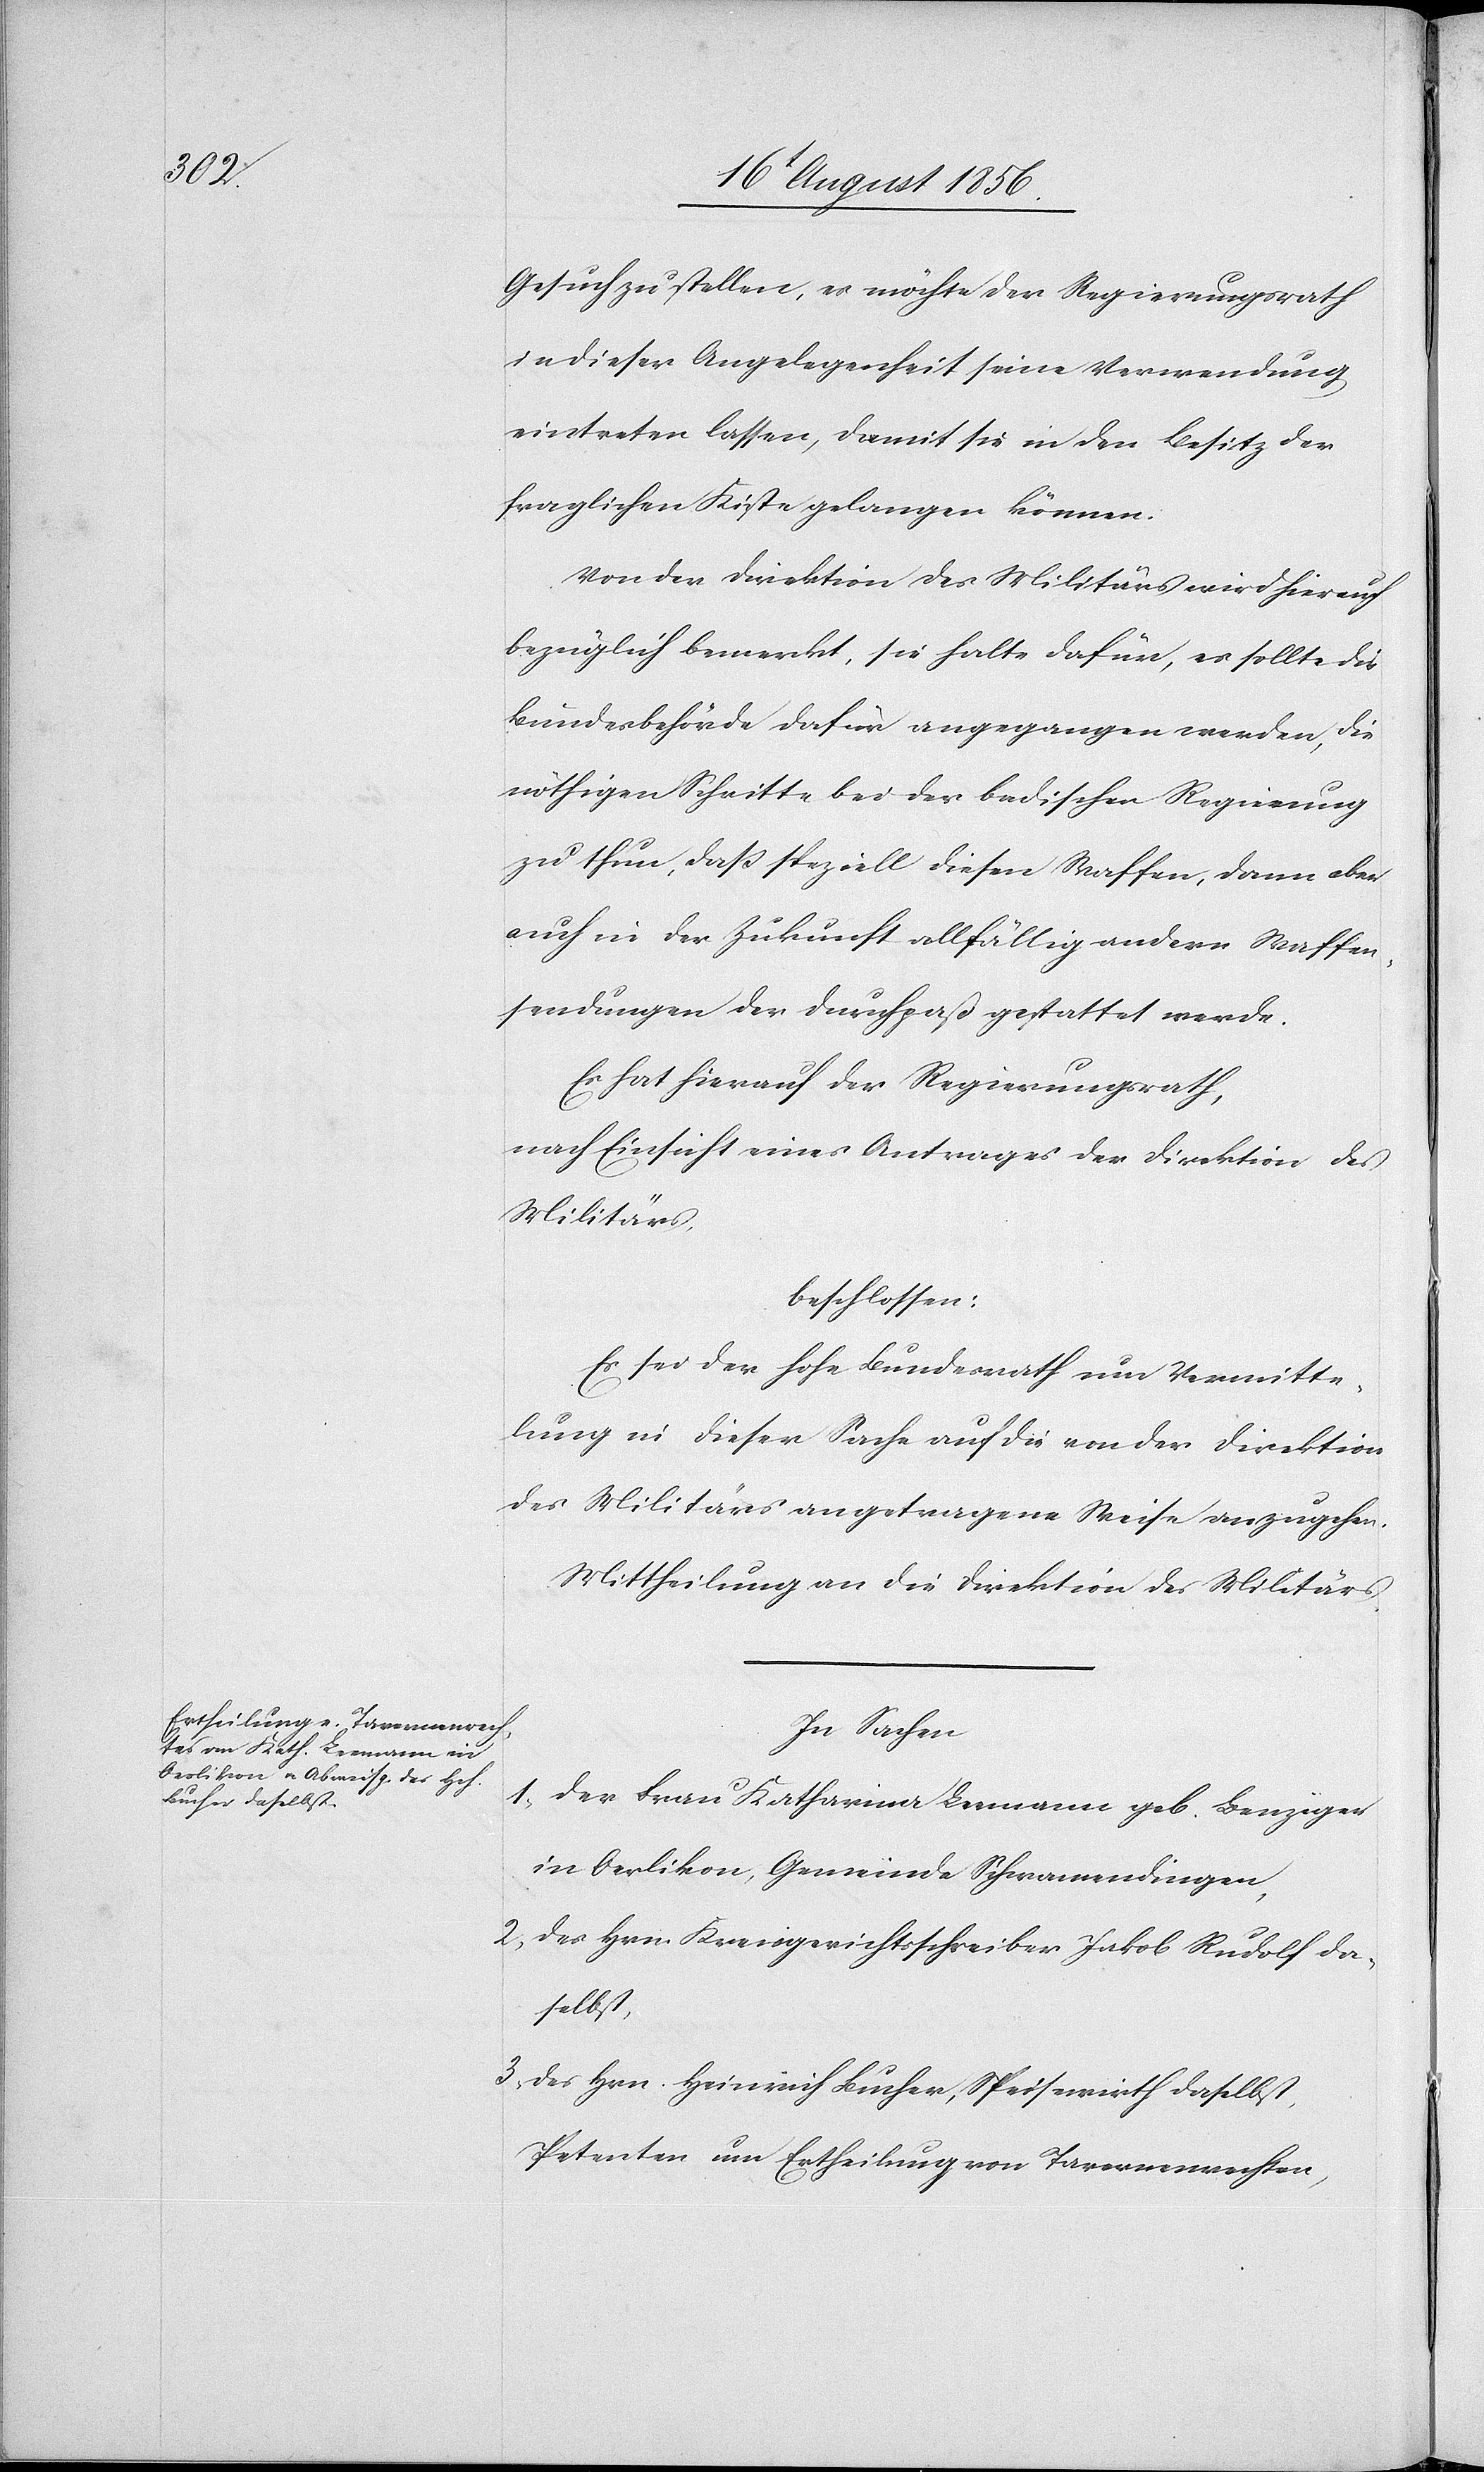
Gesuch zu stellen, es möchte der Regierungsrath
in dieser Angelegenheit seine Verwendung
eintreten lassen, damit sie in den Besitz der
fraglichen Kiste gelangen können.
Von der Direktion des Militärs wird hierauf
bezüglich bemerkt, sie halte dafür, es sollte die
Bundesbehörde dafür angegangen werden, die
nöthigen Schritte bei der badischen Regierung
zu thun, dass speziell diesen Waffen, dann aber
auch in der Zukunft allfällig andern Waffen¬
sendungen der Durchpaß gestattet werde.
Es hat hierauf der Regierungsrath,
nach Einsicht eines Antrages der Direktion des
Militärs,
beschlossen:
Es sei der hohe Bundesrath um Vermitte¬
lung in dieser Sache auf die von der Direktion
des Militärs angetragene Weise anzugehen.
Mittheilung an die Direktion des Militärs.
In Sachen
1.)
der Frau Katharina Leemann geb. Benziger
in Oerlikon, Gemeinde Schwamendingen,
2.) des Hrn. Kreisgerichtsschreiber Jakob Rudolf da¬
selbst,
3.) des Hrn. Heinrich Bucher, Speisewirth daselbst,
Petenten um Ertheilung von Tavernenrechten,